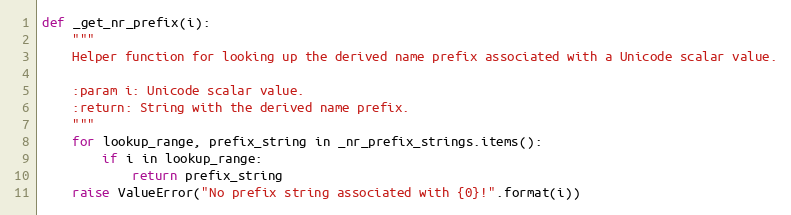
Language: Python
def _get_nr_prefix(i):
    """
    Helper function for looking up the derived name prefix associated with a Unicode scalar value.

    :param i: Unicode scalar value.
    :return: String with the derived name prefix.
    """
    for lookup_range, prefix_string in _nr_prefix_strings.items():
        if i in lookup_range:
            return prefix_string
    raise ValueError("No prefix string associated with {0}!".format(i))